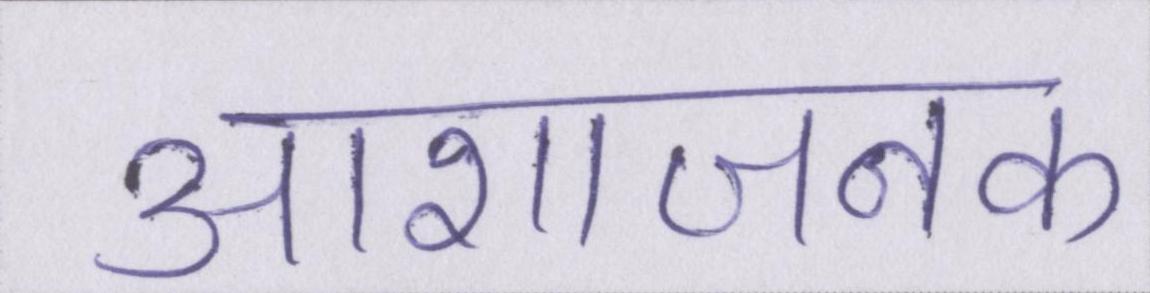
आशाजनक